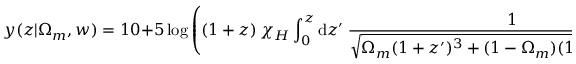
y ( z | \Omega _ { m } , w ) = 1 0 + 5 \log \left( ( 1 + z ) \, \chi _ { H } \int _ { 0 } ^ { z } \mathrm { d } { z ^ { \prime } } \: \frac { 1 } { \sqrt { \Omega _ { m } ( 1 + z ^ { \prime } ) ^ { 3 } + ( 1 - \Omega _ { m } ) ( 1 + z ^ { \prime } ) ^ { 3 ( 1 + \omega ) } } } \right) .